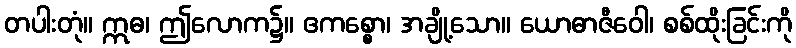
တပါးတုံ။ ဣဓ၊ ဤလောက၌။ ဧကစ္စော၊ အချို့သော။ ယောဓာဇီဝေါ၊ စစ်ထိုးခြင်းကို